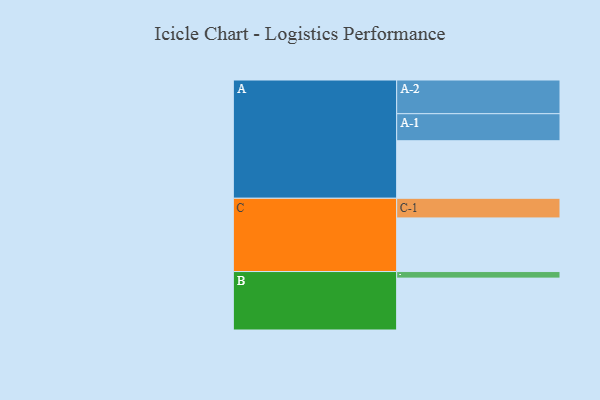
{"axis": {"x": "Segment", "y": "Value"}, "legend": ["", "A", "B", "C"], "data": [{"x": "A", "y": 500, "type": ""}, {"x": "B", "y": 451, "type": ""}, {"x": "C", "y": 466, "type": ""}, {"x": "A-1", "y": 235, "type": "A"}, {"x": "A-2", "y": 293, "type": "A"}, {"x": "B-1", "y": 57, "type": "B"}, {"x": "C-1", "y": 171, "type": "C"}]}